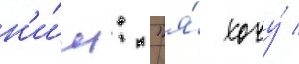
н'и́м: "я́ хочу́ /